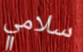
سلامي